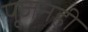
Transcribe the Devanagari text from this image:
पूजनही